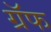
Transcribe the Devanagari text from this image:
ग्रॅफ